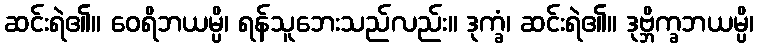
ဆင်းရဲ၏။ ဝေရိဘယမ္ပိ၊ ရန်သူဘေးသည်လည်း။ ဒုက္ခံ၊ ဆင်းရဲ၏။ ဒုဗ္ဘိက္ခဘယမ္ပိ၊